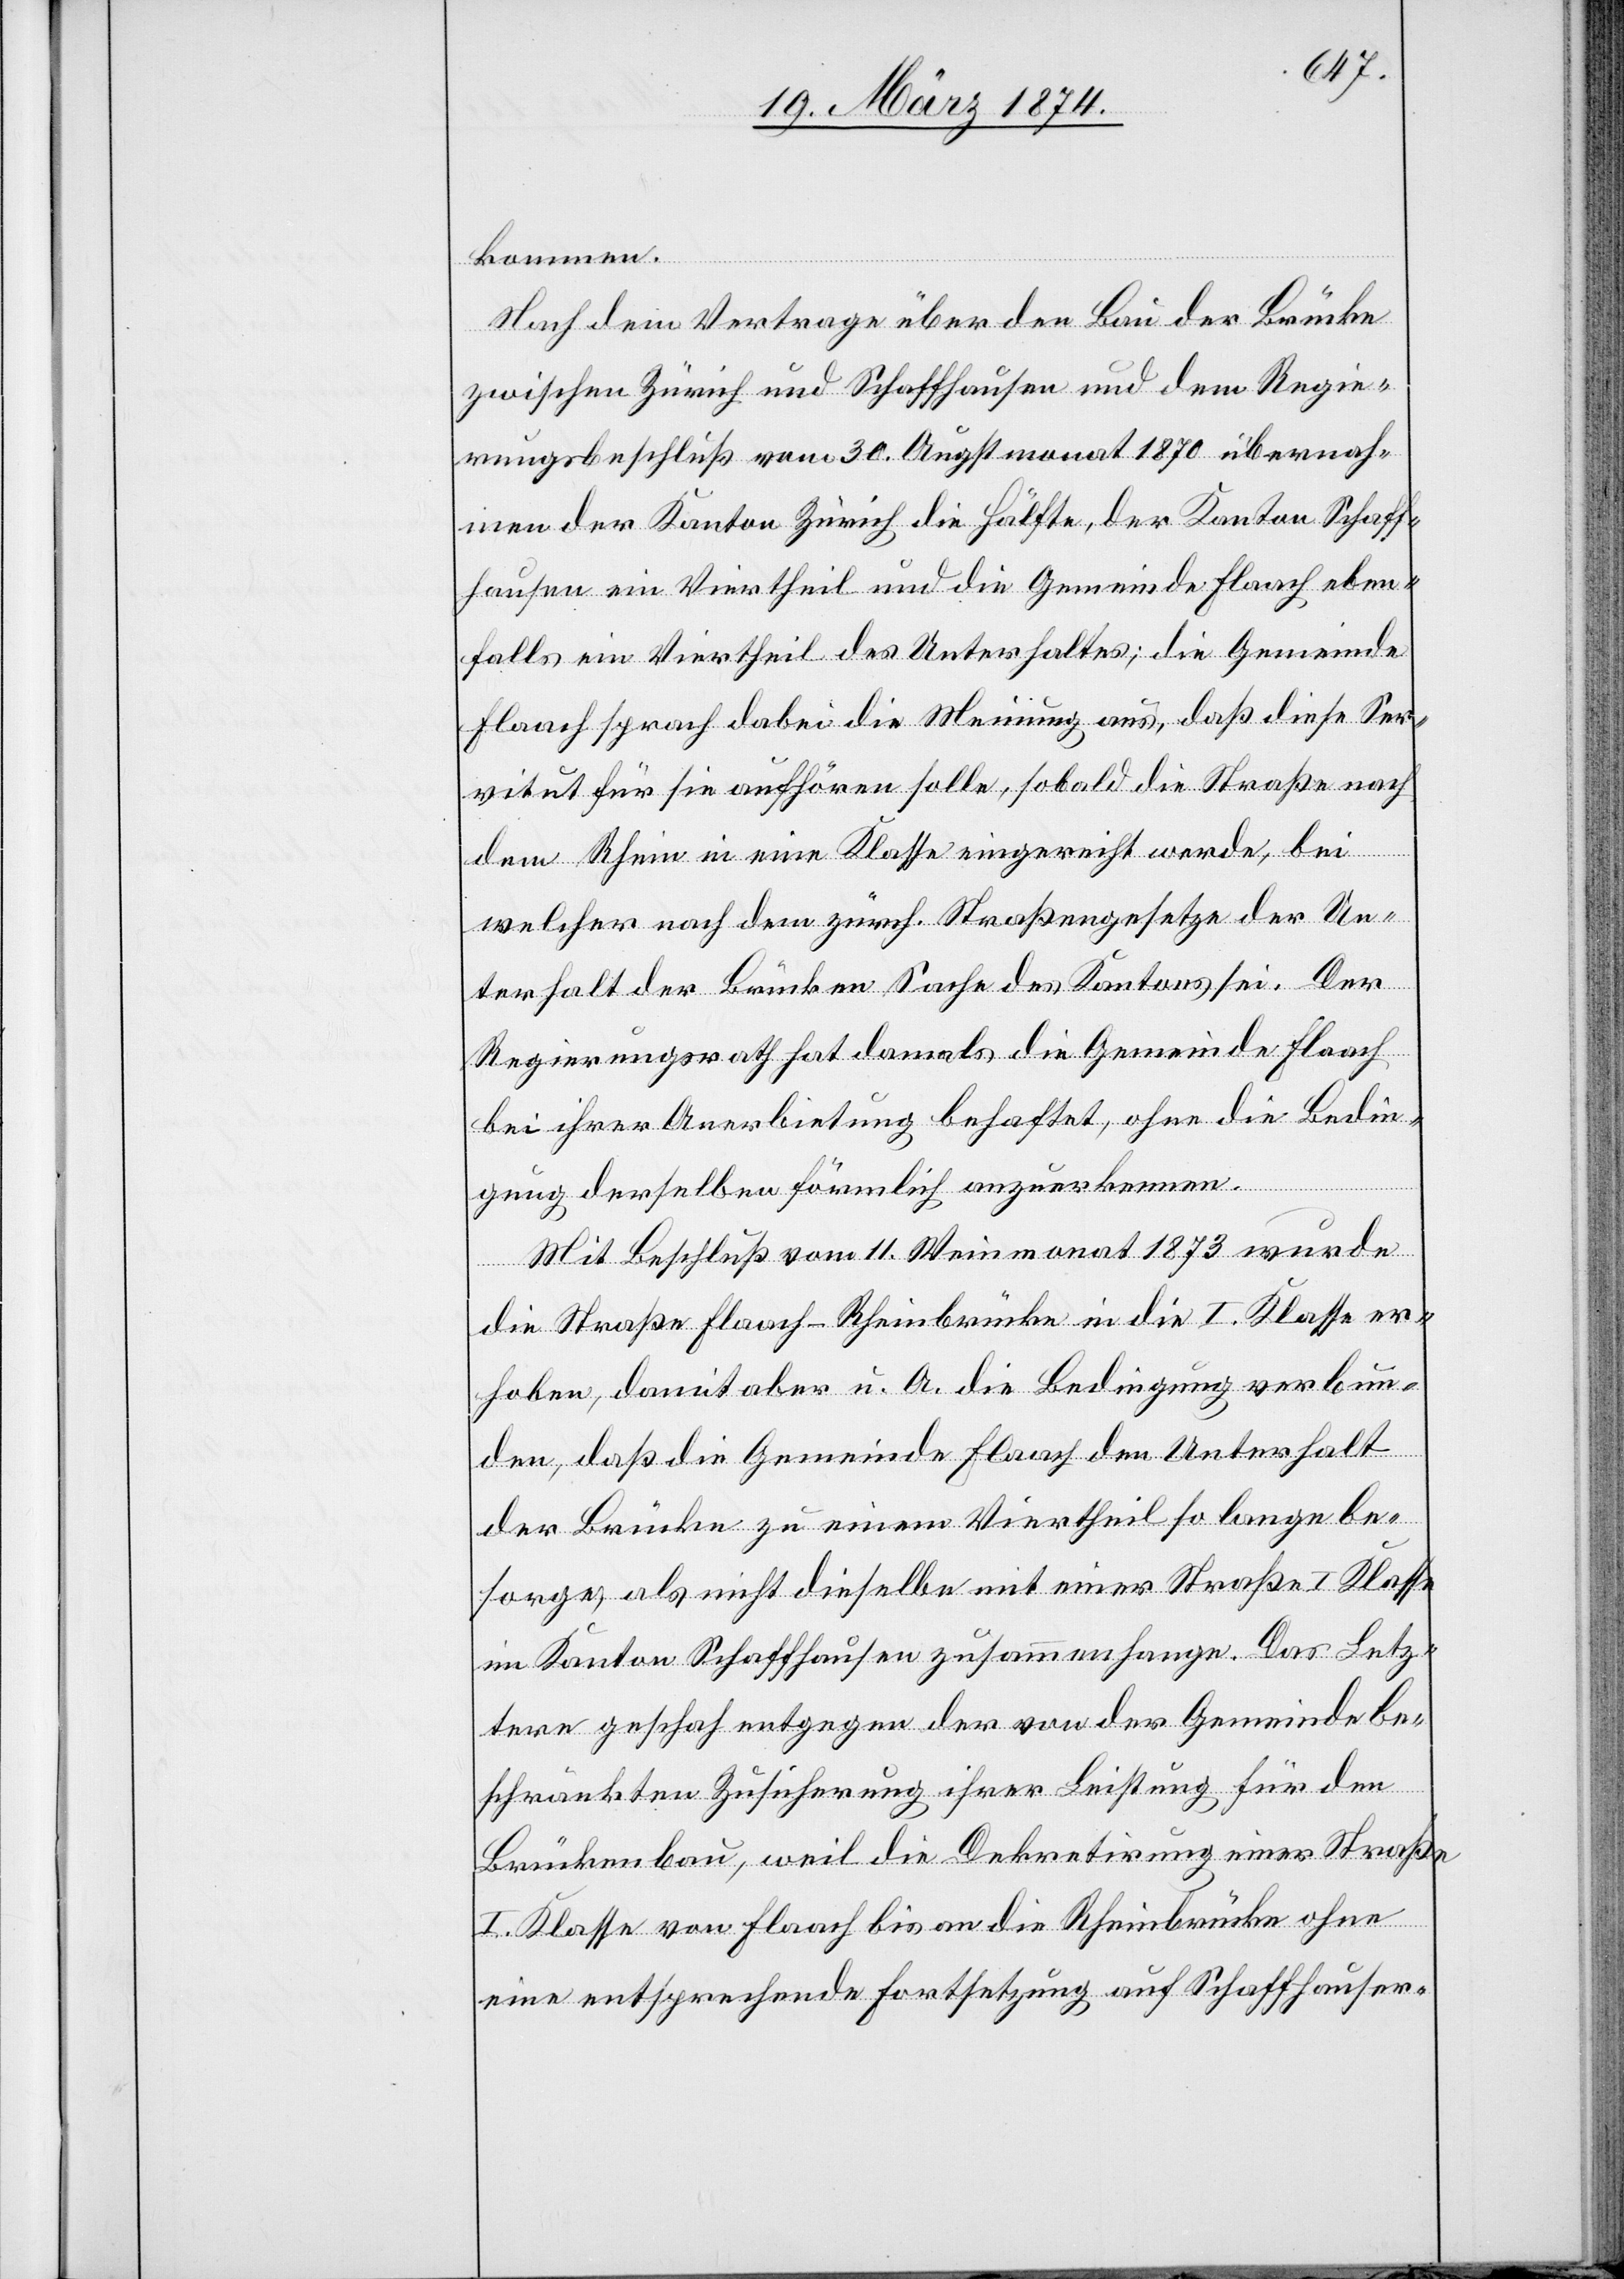
kommen.
Nach dem Vertrage über den Bau der Brücke
zwischen Zürich und Schaffhausen und dem Regie¬
rungsbeschluß vom 30. Augstmonat 1870 übernah¬
men der Kanton Zürich die Hälfte, der Kanton Schaff¬
hausen ein Viertheil und die Gemeinde Flaach eben¬
falls ein Viertheil des Unterhalts; die Gemeinde
Flaach sprach dabei die Meinung aus, daß diese Ser¬
vitut für sie aufhören solle, sobald die Straße nach
dem Rhein in eine Klasse eingereicht werde, bei
welcher nach dem zürch. Straßengesetze der Un¬
terhalt der Brücke Sache des Kantons sei. Der
Regierungsrath hat damals die Gemeinde Flaach
bei ihrer Anerbietung behaftet, ohne die Bedin¬
gung derselben förmlich anzuerkennen.
Mit Beschluß vom 11. Weinmonat 1873 wurde
die Straße Flaach-Rheinbrücke in die I. Klasse er¬
hoben, damit aber u. A. die Bedingung verbun¬
den, daß die Gemeinde Flaach den Unterhalt
der Brücke zu einem Viertheil so lange be¬
sorge, als nicht dieselbe mit einer Straße I. Klasse
im Kanton Schaffhausen zusammenhange. Das Letz¬
ere geschah entgegen der von der Gemeinde be¬
schränkten Zusicherung ihrer Leistung für den
Brückenbau, weil die Dekretirung einer Straße
I. Klasse von Flaach bis an die Rheinbrücke ohne
eine entsprechende Fortsetzung auf Schaffhauser-